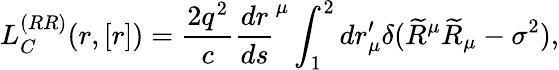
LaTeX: L_{C}^{(RR)}(r,\left[r\right])=\frac{2q^{2}}{c}\frac{dr}{ds}^{\mu}\int_{1}^{2}dr_{\mu}^{\prime}\delta(\widetilde{R}^{\mu}\widetilde{R}_{\mu}-\sigma^{2}),